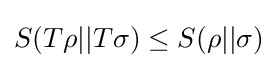
S(T\rho ||T\sigma )\leq S(\rho ||\sigma )